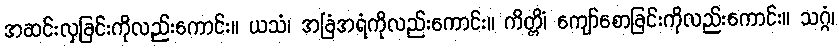
အဆင်းလှခြင်းကိုလည်းကောင်း။ ယသံ၊ အခြံအရံကိုလည်းကောင်း။ ကိတ္တိံ၊ ကျော်စောခြင်းကိုလည်းကောင်း။ သဂ္ဂံ၊